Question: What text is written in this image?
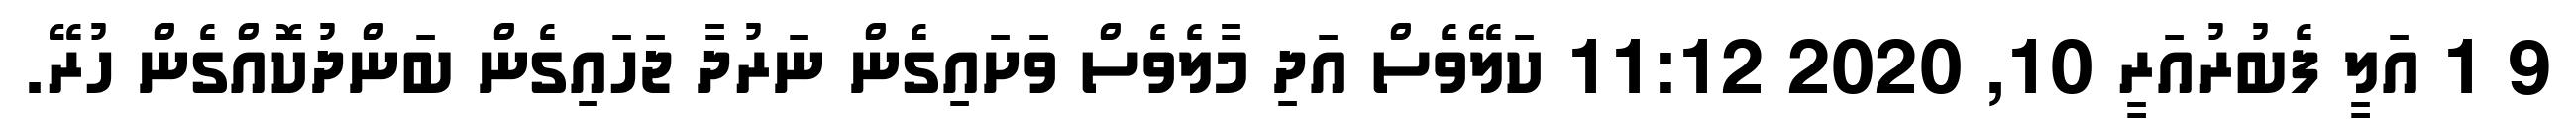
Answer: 9 1 އަލީ ފެބުރުއަރީ 10, 2020 11:12 ކަލޭވެސް އަދި މާލެވެސް ވަށައިގެން ނަރުދާ ޖަހައިގެން ބަންދުކޮއްގެން ހުރޭ.